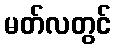
မတ်လတွင်